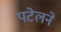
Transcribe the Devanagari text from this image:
पटेलने